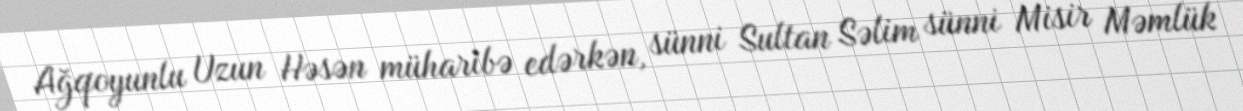
Ağqoyunlu Uzun Həsən müharibə edərkən, sünni Sultan Səlim sünni Misir Məmlük